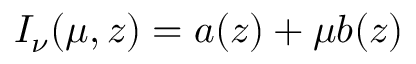
I _ { \nu } ( \mu , z ) = a ( z ) + \mu b ( z )